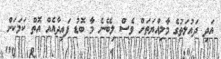
އަދި ދައުލަތުގެ މާލިއްޔަތަށް ވެސް ލިބޭނެ މާ ބޮޑު ފައިދާއެއް އޮތް ކަމަކަށް